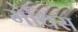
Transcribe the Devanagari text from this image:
मेथिस